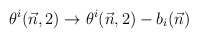
\begin{align*}\theta^i(\vec n,2) \to \theta^i(\vec n,2) - b_i(\vec n)\end{align*}